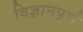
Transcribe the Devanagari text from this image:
विज्ञानपूर्ण